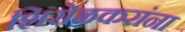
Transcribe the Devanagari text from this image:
शिरोळकरांना